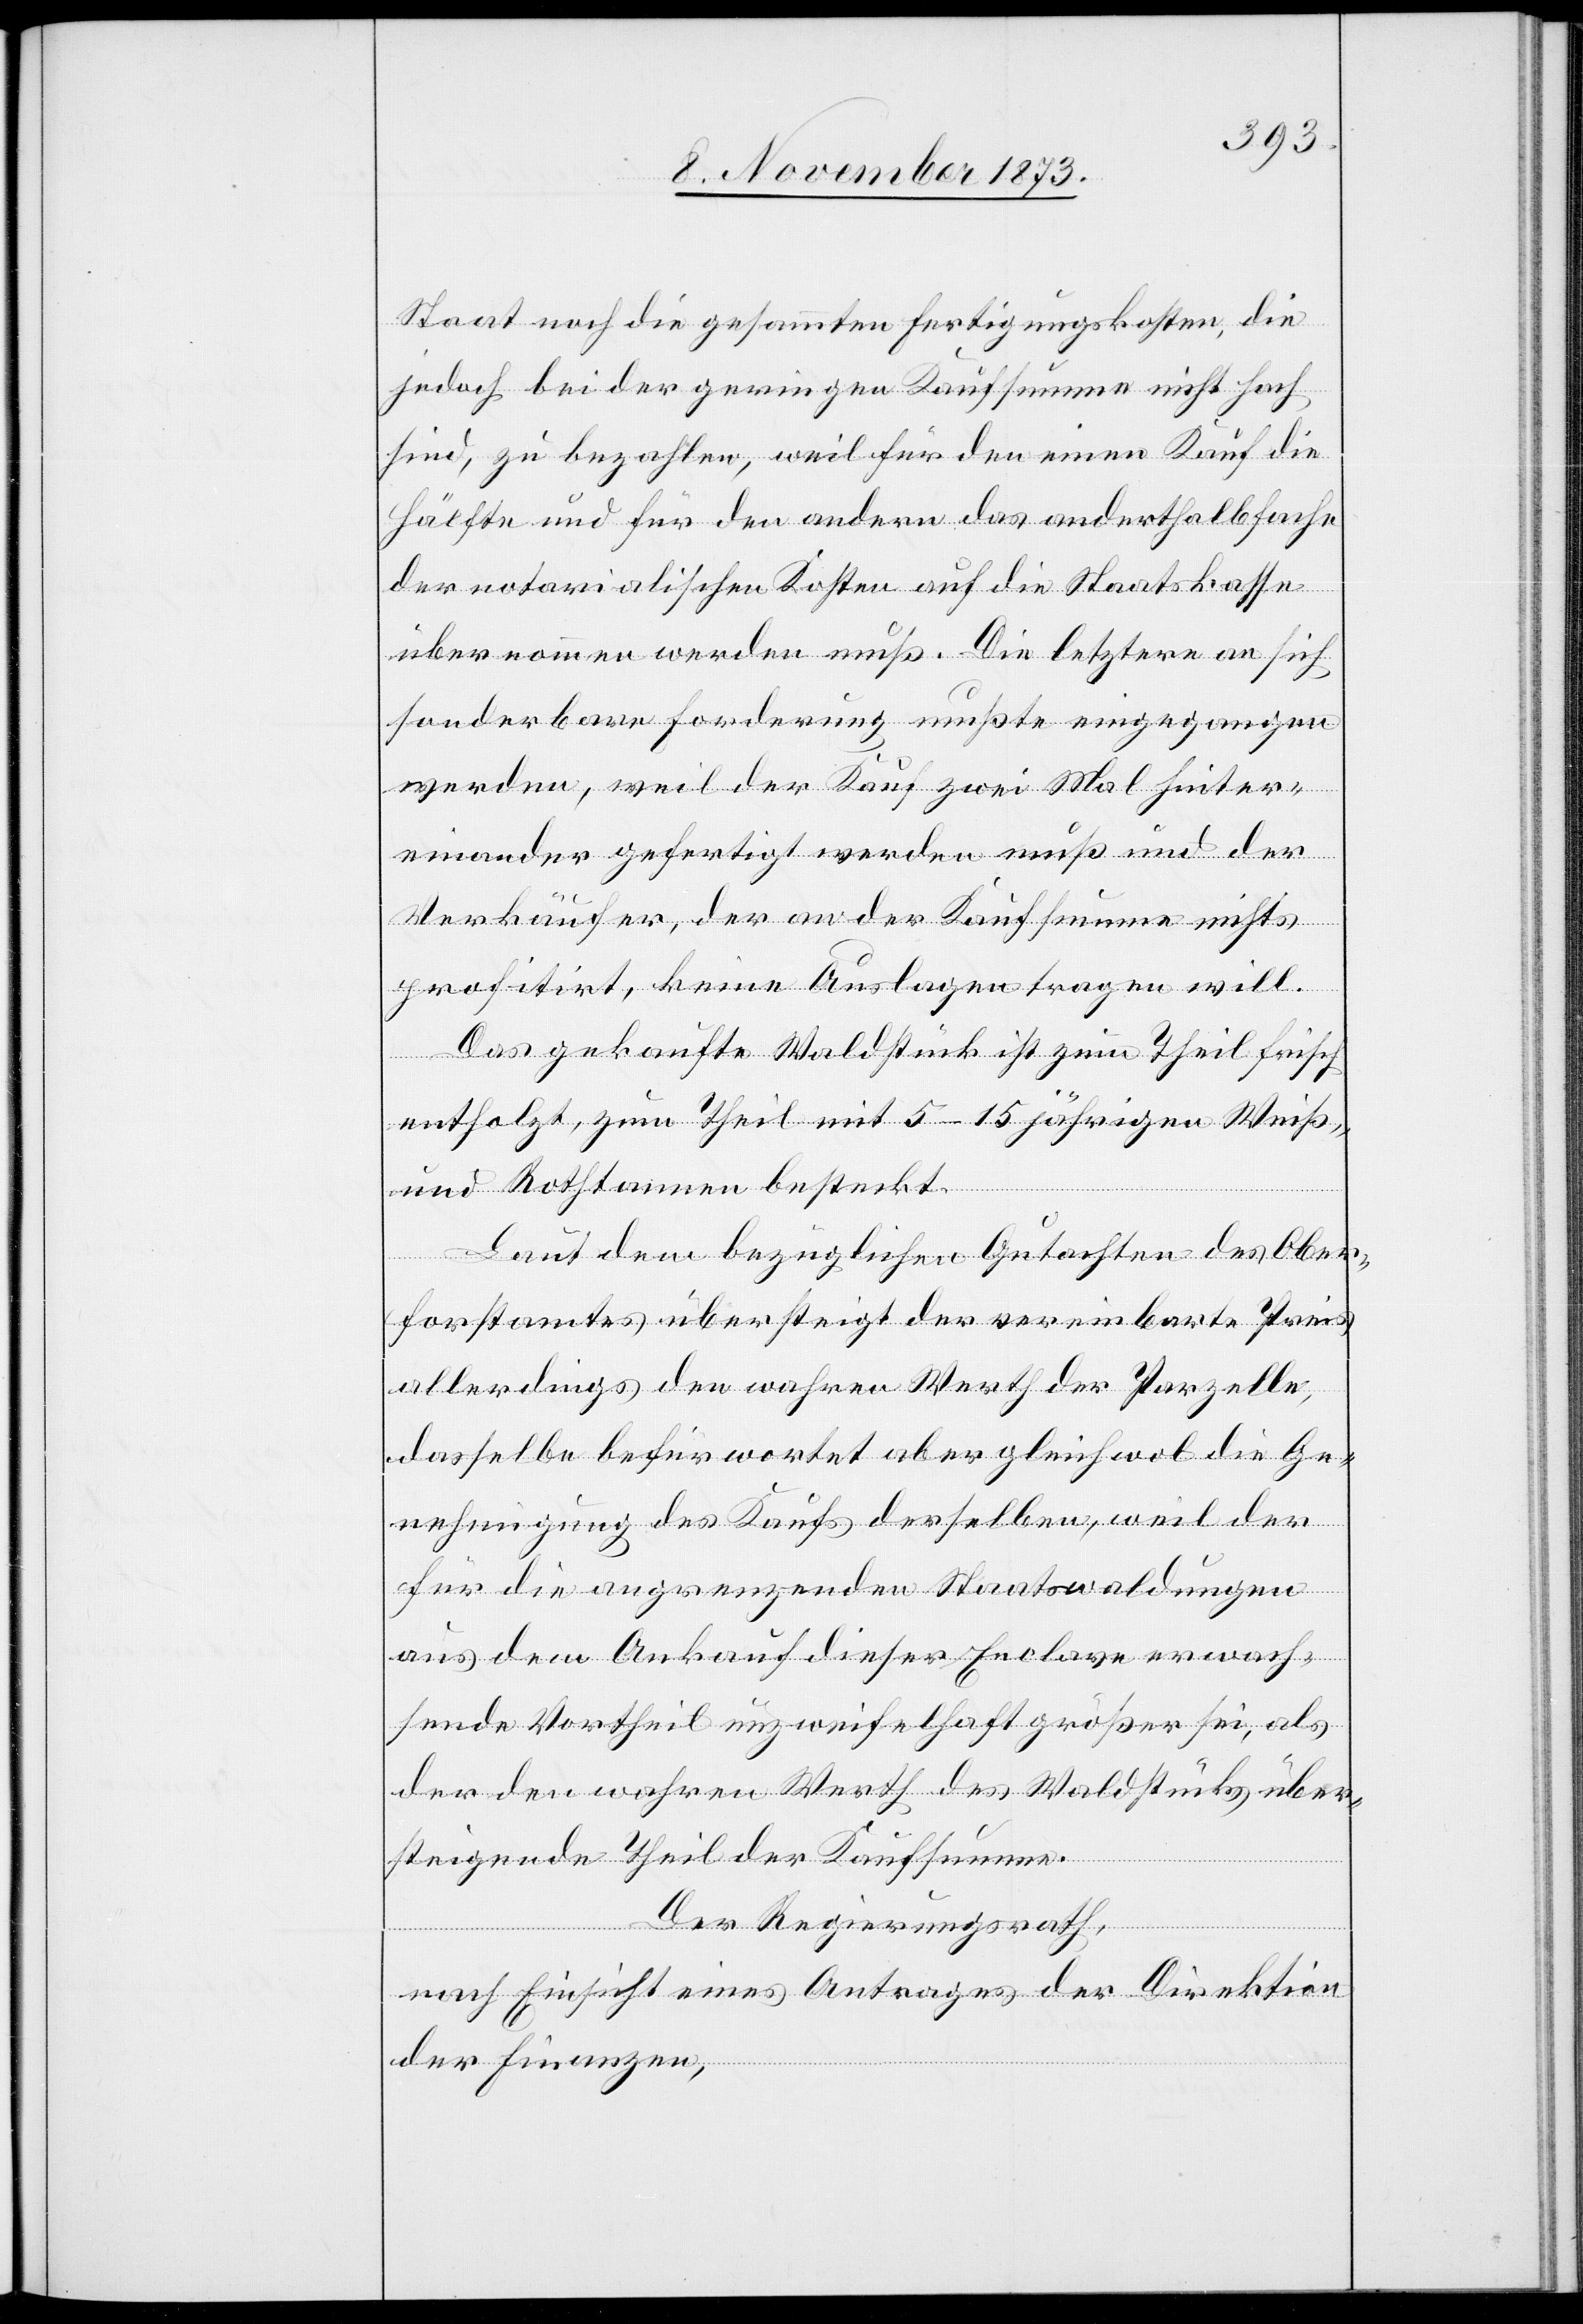
Staat noch die gesammten Fertigungskosten, die
jedoch bei der geringen Kaufsumme nicht hoch
sind, zu bezahlen, weil für den einen Kauf die
Hälfte und für den andern das anderthalbfache
der notarialischen Kosten auf die Staatskasse
übernommen werden muß. [Auf] die letztere an sich
sonderbare Forderung mußte eingegangen
werden, weil der Kauf zwei Mal hinter¬
einander gefertigt werden muß und der
Verkäufer, der an der Kaufsumme nichts
profitirt, keine Auslagen tragen will.
Das gekaufte Waldstück ist zum Theil frisch
entholzt, zum Theil mit 5–15 jährigen Weiß-
und Rothtannen besteckt.
Laut dem bezüglichen Gutachten des Ober¬
forstamtes übersteigt der vereinbarte Preis
allerdings den wahren Werth der Parzelle,
dasselbe befürwortet aber gleichwol die Ge¬
nehmigung des Kaufs derselben, weil der
für die angrenzenden Staatswaldungen
aus dem Ankauf dieser Enclave erwach¬
sende Vortheil unzweifelhaft größer sei, als
der den wahren Werth des Waldstücks über¬
steigende Theil der Kaufsumme.
Der Regierungsrath,
nach Einsicht eines Antrages der Direktion
der Finanzen,